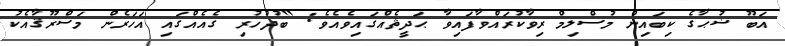
އަބޫ ޟުޙާގެ ކިބައިން މުސްލިމް ރިވާކުރައްވާފައިވާ ޙަދީޘެއްގައިވެއެވެ: "ބުދުހުރި ގެއެއްގައި އަހަރެން މަސްރޫޤާއެކު